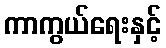
ကာကွယ်ရေးနှင့်